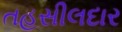
તહસીલદાર